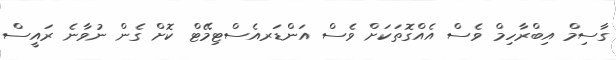
ގާސިމް އިބްރާހިމް ވެސް އެއްގޮތަކަށް ވެސް އަންޑަރއެސްޓިމޭޓް ކޮށް ގެން ނުވާނެ ރައީސް